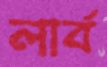
লার্ব